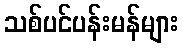
သစ်ပင်ပန်းမန်များ